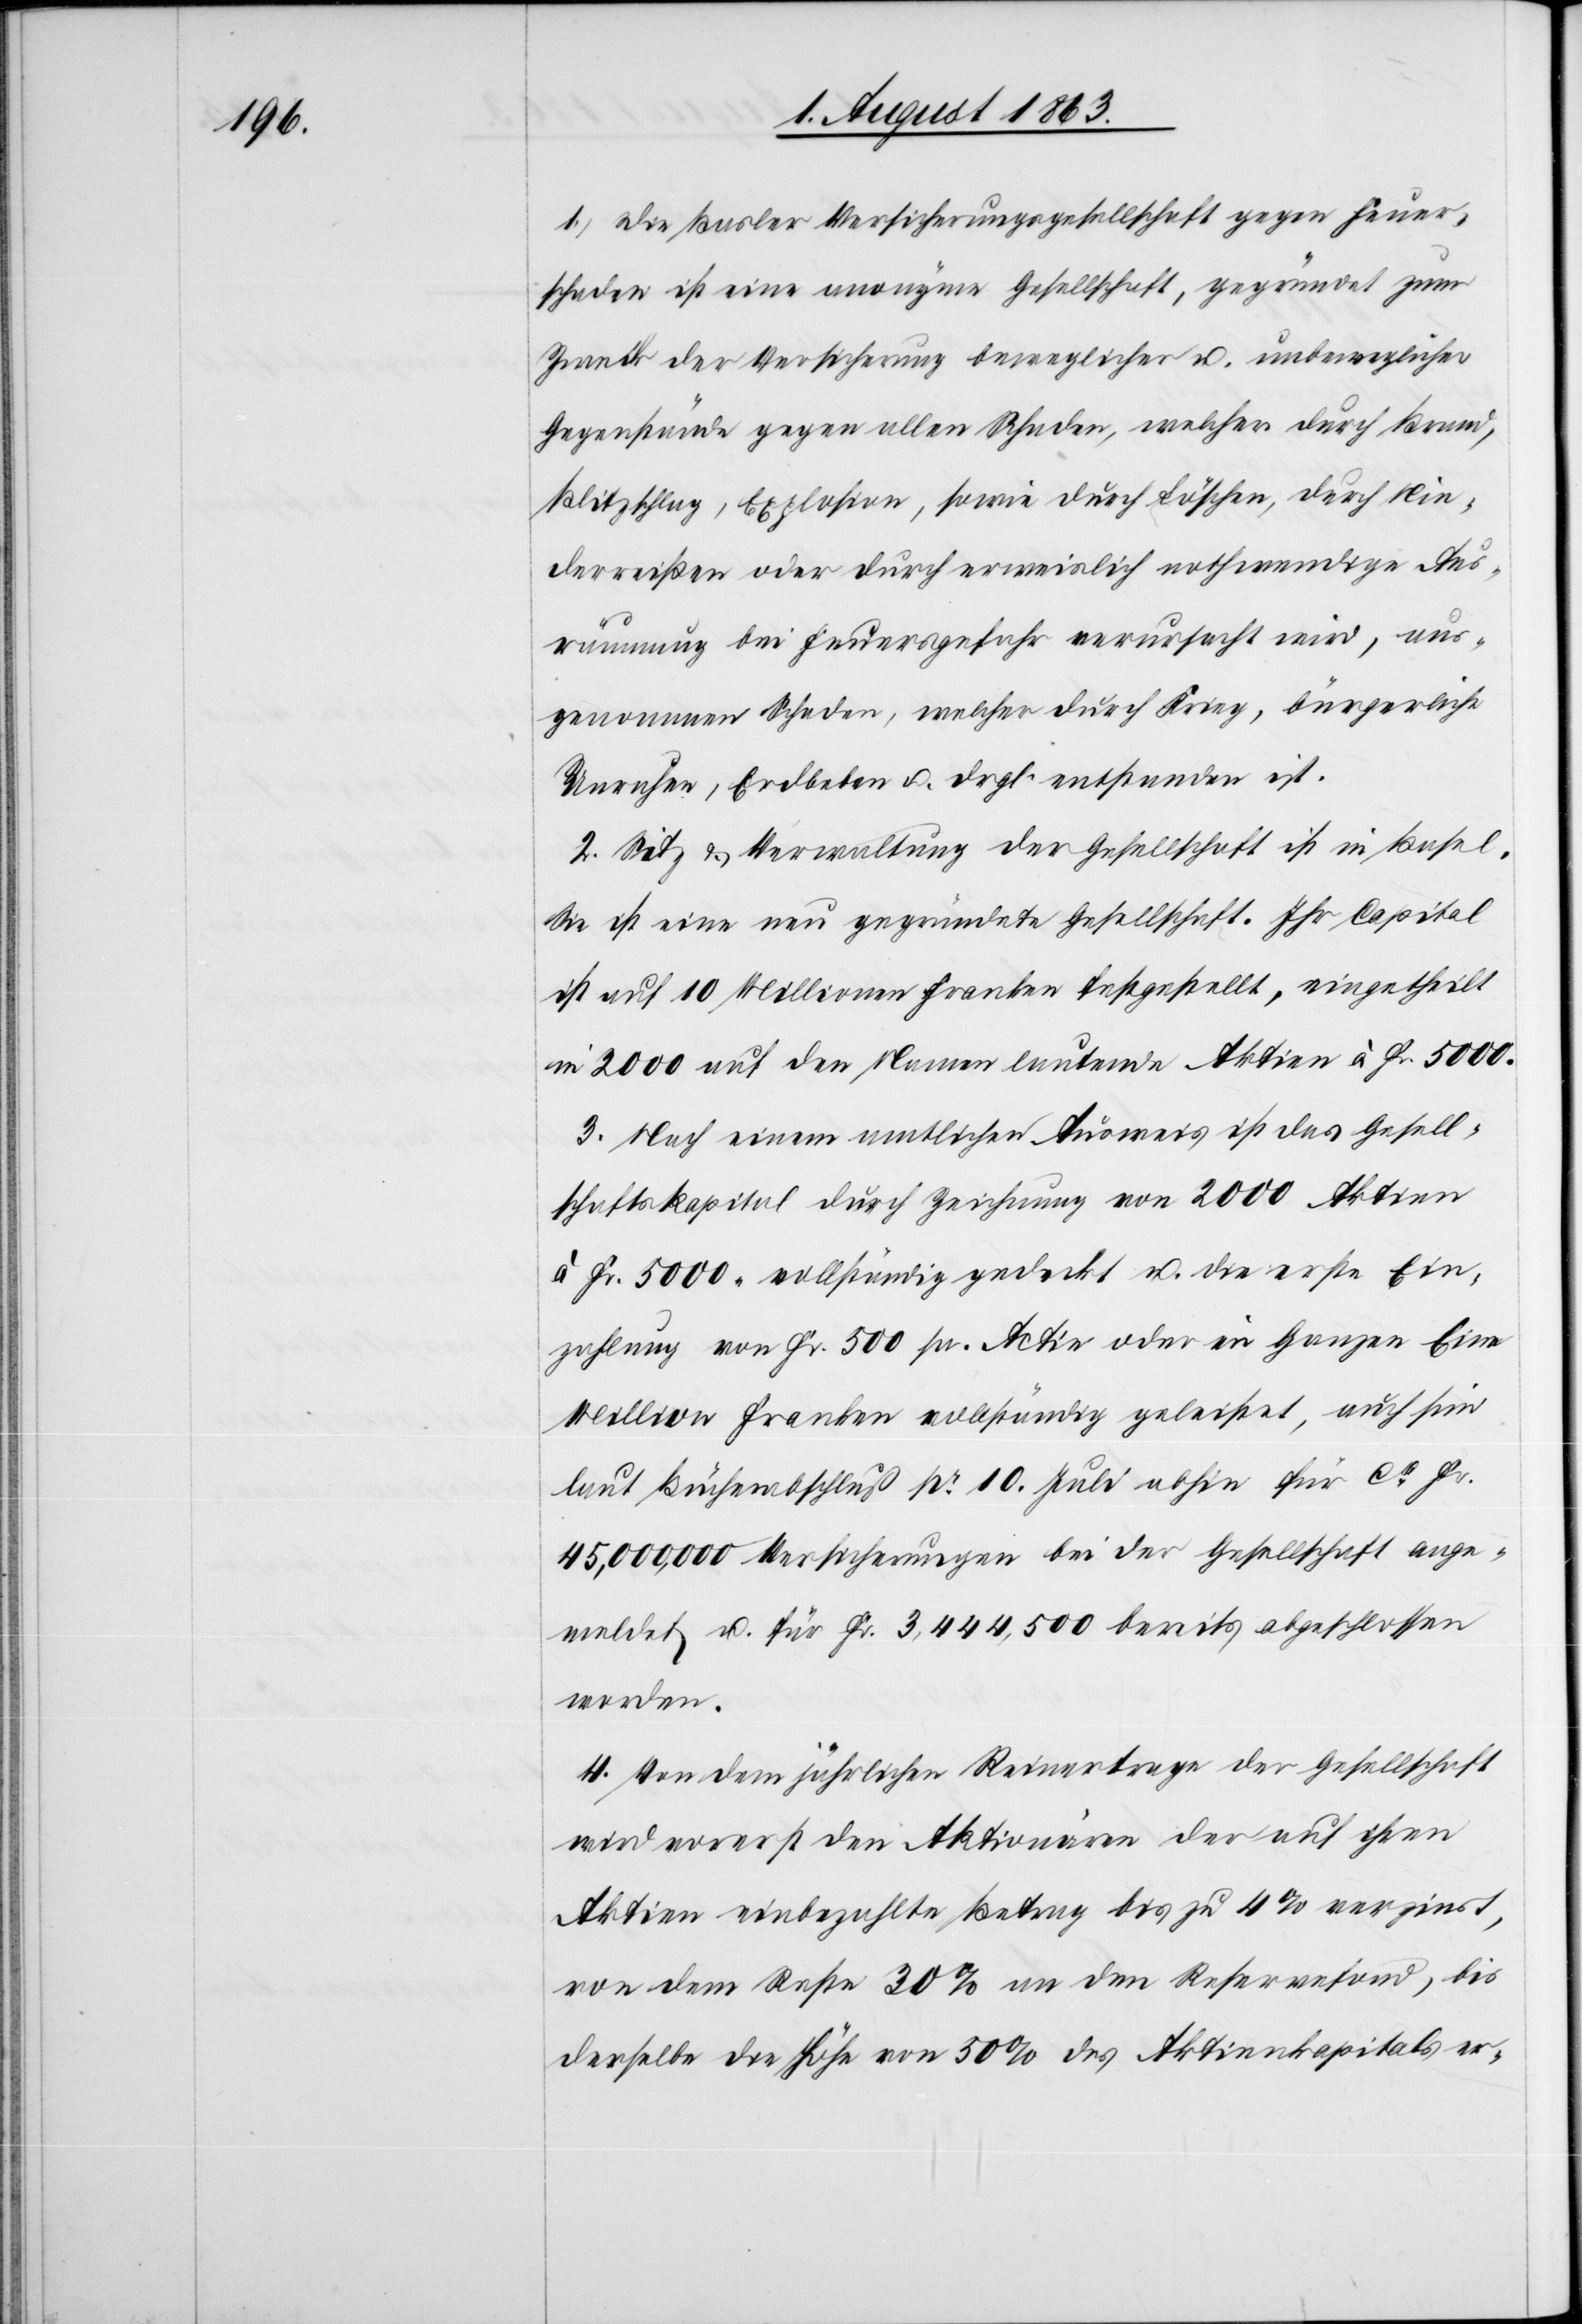
1. Die Basler Versicherungsgesellschaft gegen Feuer¬
schaden ist eine anonyme Gesellschaft, gegründet zum
Zweck der Versicherung beweglicher u. unbeweglicher
Gegenstände gegen allen Schaden, welcher durch Brand,
Blitzschlag, Explosion, sowie durch Löschen, durch Nie¬
derreißen oder durch erweislich nothwendige Aus¬
räumung bei Feuersgefahr verursacht wird, aus¬
genommen Schaden, welcher durch Krieg, bürgerliche
Unruhen, Erdbeben u. drgl. entstanden ist.
2. Sitz & Verwaltung der Gesellschaft ist in Basel.
Sie ist eine neu gegründete Gesellschaft. Ihr Capital
ist auf 10 Millionen Franken festgestellt, eingetheilt
in 2000 auf den Namen lautende Aktien à Fr. 5000.
3. Nach einem amtlichen Ausweis ist das Gesell¬
schaftskapital durch Zeichnung von 2000 Aktien
à Fr. 5000. vollständig gedeckt u. die erste Ein¬
zahlung von Fr. 500 pr. Actie oder im Ganzen Eine
Million Franken vollständig geleistet, auch sind
laut Bücherabschluß pr 10. Juli abhin für ca Fr.
45,000,000 Versicherungen bei der Gesellschaft ange¬
meldet u. für Fr. 3,444,500 bereits abgeschlossen
worden.
4. Von dem jährlichen Reinertrage der Gesellschaft
wird vorerst den Aktionären der auf ihren
Aktien einbezahlte Betrag bis zu 4% verzinst,
von dem Reste 30% an dem Reservefond, bis
derselbe die Höhe von 50% des Aktienkapitals er-